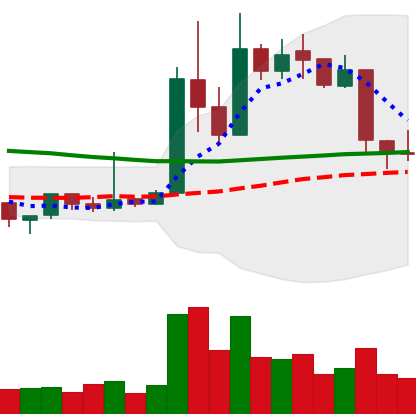
Ticker: XRP-USD
Chart end date: 2019-04-13
Forward return: 3.384%
Label: up_3_5